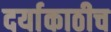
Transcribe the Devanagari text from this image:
दर्याकाठीच